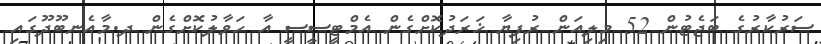
ސަރުކާރުގެ ބަޖެޓުން 52 މިލިއަން ރުފިޔާ ޚަރަދުކޮށްގެން އެމްޓީސީސީ އާ ހަވާލުކޮށްގެން ދ.މާއެނބޫދޫގައި